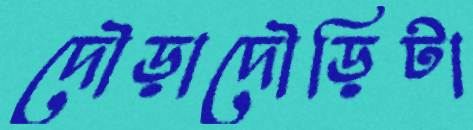
দৌড়াদৌড়িটা